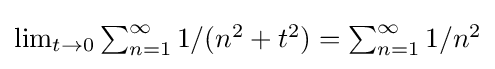
{\textstyle \lim _{t\to 0}\sum _{n=1}^{\infty }1/(n^{2}+t^{2})=\sum _{n=1}^{\infty }1/n^{2}}